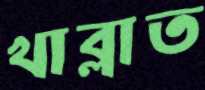
খাব্‌লাত